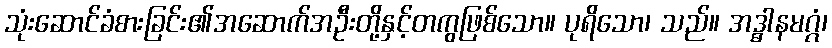
သုံးဆောင်ခံစားခြင်း၏အဆောက်အဦးတို့နှင့်တကွဖြစ်သော။ ပုရိသော၊ သည်။ အဒ္ဓါနမဂ္ဂံ၊